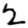
Digit: 2